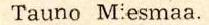
Tauno Miesmaa.